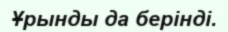
Ұрынды да берінді.